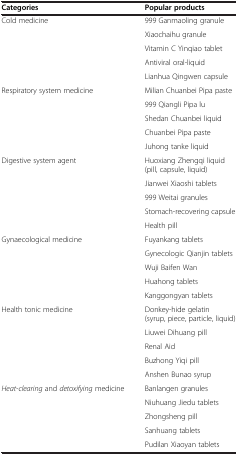
<table><thead><tr><td><b>Categories</b></td><td><b>Popular products</b></td></tr></thead><tbody><tr><td rowspan="5">Cold medicine</td><td>999 Ganmaoling granule</td></tr><tr><td>Xiaochaihu granule</td></tr><tr><td>Vitamin C Yinqiao tablet</td></tr><tr><td>Antiviral oral-liquid</td></tr><tr><td>Lianhua Qingwen capsule</td></tr><tr><td rowspan="5">Respiratory system medicine</td><td>Milian Chuanbei Pipa paste</td></tr><tr><td>999 Qiangli Pipa lu</td></tr><tr><td>Shedan Chuanbei liquid</td></tr><tr><td>Chuanbei Pipa paste</td></tr><tr><td>Juhong tanke liquid</td></tr><tr><td rowspan="5">Digestive system agent</td><td>Huoxiang Zhengqi liquid (pill, capsule, liquid)</td></tr><tr><td>Jianwei Xiaoshi tablets</td></tr><tr><td>999 Weitai granules</td></tr><tr><td>Stomach-recovering capsule</td></tr><tr><td>Health pill</td></tr><tr><td rowspan="5">Gynaecological medicine</td><td>Fuyankang tablets</td></tr><tr><td>Gynecologic Qianjin tablets</td></tr><tr><td>Wuji Baifen Wan</td></tr><tr><td>Huahong tablets</td></tr><tr><td>Kanggongyan tablets</td></tr><tr><td rowspan="5">Health tonic medicine</td><td>Donkey-hide gelatin (syrup, piece, particle, liquid)</td></tr><tr><td>Liuwei Dihuang pill</td></tr><tr><td>Renal Aid</td></tr><tr><td>Buzhong Yiqi pill</td></tr><tr><td>Anshen Bunao syrup</td></tr><tr><td rowspan="4"><i>Heat-clearing</i> and <i>detoxifying</i> medicine</td><td>Banlangen granules</td></tr><tr><td>Niuhuang Jiedu tablets</td></tr><tr><td>Zhongsheng pill</td></tr><tr><td>Sanhuang tablets</td></tr><tr><td> </td><td>Pudilan Xiaoyan tablets</td></tr></tbody></table>